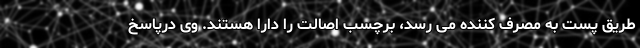
طریق پست به مصرف کننده می رسد، برچسب اصالت را دارا هستند. وی درپاسخ